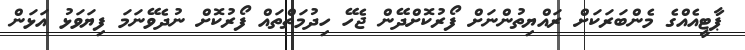
ޕާޓީއެއްގެ މެންބަރަކަށް ރައްޔިތުންނަށް ފޯރުކޮށްދޭން ޖެހޭ ހިދުމަތްތައް ފޯރުކޮށް ނުދެވޭނަމަ ފިޔަވަޅު އަޅަން